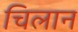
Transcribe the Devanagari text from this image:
चिलान